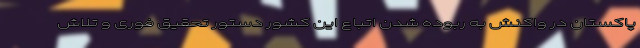
پاکستان در واکنش به ربوده شدن اتباع این کشور دستور تحقیق فوری و تلاش